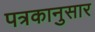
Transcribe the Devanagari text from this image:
पत्रकानुसार